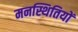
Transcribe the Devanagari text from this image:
मनस्थितियों